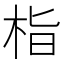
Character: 栺